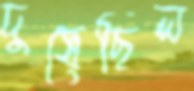
দুষেছিল